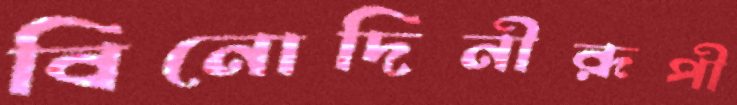
বিনোদিনীরূপী